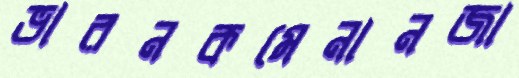
ভারনকমেনানজা